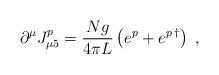
LaTeX: \begin{align*}\partial^\mu J_{\mu 5}^p =\frac{Ng}{4\pi L} \left(e^p+e^{p\, \dagger}\right)\ ,\end{align*}